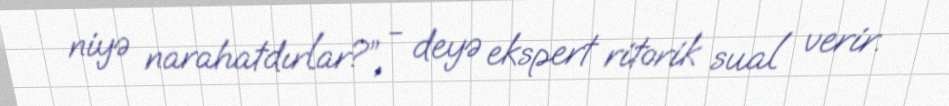
niyə narahatdırlar?”, - deyə ekspert ritorik sual verir.